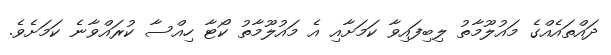
ދައްތައެއްގެ މައުލޫމާތު ލިބިފައިވާ ކަމަށާއި އެ މައުލޫމާތު ކޯޓާ ހިއްސާ ކުރައްވާނެ ކަމަށެވެ.